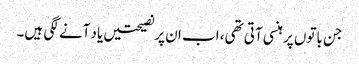
جن باتوں پر ہنسی آتی تھی، اب ان پرنصیحتیں یاد آنے لگی ہیں۔